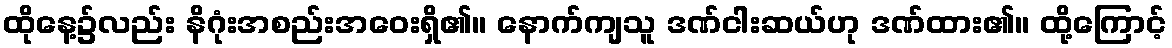
ထိုနေ့၌လည်း နိဂုံးအစည်းအဝေးရှိ၏။ နောက်ကျသူ ဒဏ်ငါးဆယ်ဟု ဒဏ်ထား၏။ ထို့ကြောင့်